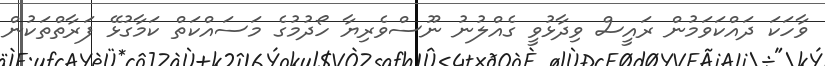
ވާހަކަ ދައްކަވަމުން ރައީސް ވިދާޅުވީ ގެއްލުނު ނޫސްވެރިޔާ ހޯދުމުގެ މަސައްކަތް ކަމާގުޅޭ ފަރާތްތަކުން